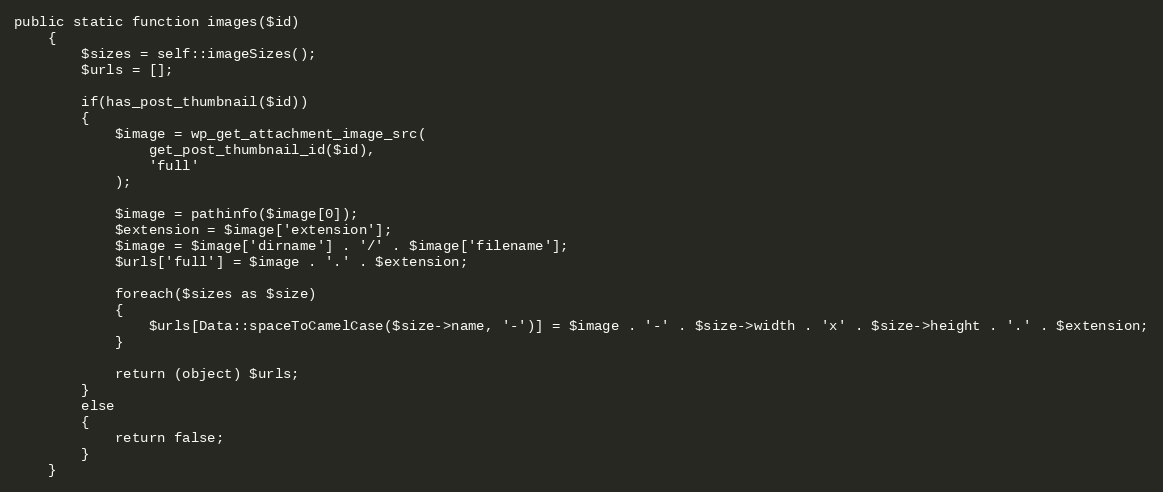
Language: PHP
public static function images($id)
    {
        $sizes = self::imageSizes();
        $urls = [];

        if(has_post_thumbnail($id))
        {
            $image = wp_get_attachment_image_src(
                get_post_thumbnail_id($id),
                'full'
            );

            $image = pathinfo($image[0]);
            $extension = $image['extension'];
            $image = $image['dirname'] . '/' . $image['filename'];
            $urls['full'] = $image . '.' . $extension;

            foreach($sizes as $size)
            {
                $urls[Data::spaceToCamelCase($size->name, '-')] = $image . '-' . $size->width . 'x' . $size->height . '.' . $extension;
            }

            return (object) $urls;
        }
        else
        {
            return false;
        }
    }